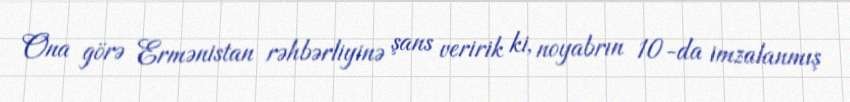
Ona görə Ermənistan rəhbərliyinə şans veririk ki, noyabrın 10-da imzalanmış